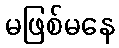
မဖြစ်မနေ